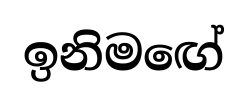
ඉනිමඟේ